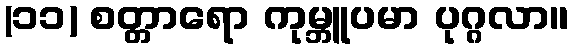
(၁၁) စတ္တာရော ကုမ္ဘူပမာ ပုဂ္ဂလာ။